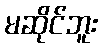
မဆိုင်ဘူး